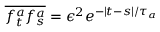
\overline { { f _ { t } ^ { a } f _ { s } ^ { a } } } = \epsilon ^ { 2 } e ^ { - | t - s | / \tau _ { a } }